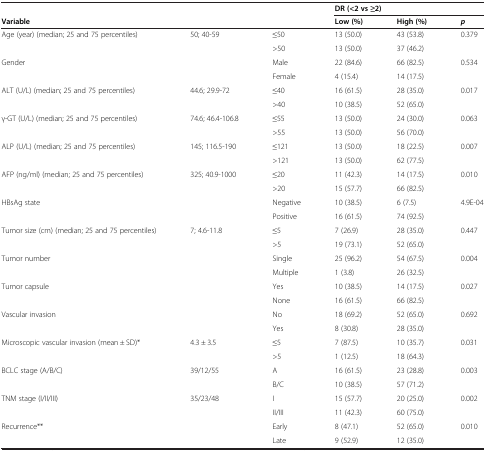
<table><thead><tr><td colspan="3"><b> </b></td><td colspan="3"><b>DR (&lt;2 vs ≥2)</b></td></tr><tr><td><b>Variable</b></td><td colspan="2"><b> </b></td><td><b>Low (%)</b></td><td><b>High (%)</b></td><td><b><i>p</i></b></td></tr></thead><tbody><tr><td rowspan="2">Age (year) (median; 25 and 75 percentiles)</td><td rowspan="2">50; 40-59</td><td>≤50</td><td>13 (50.0)</td><td>43 (53.8)</td><td rowspan="2">0.379</td></tr><tr><td>&gt;50</td><td>13 (50.0)</td><td>37 (46.2)</td></tr><tr><td rowspan="2">Gender</td><td rowspan="2"> </td><td>Male</td><td>22 (84.6)</td><td>66 (82.5)</td><td rowspan="2">0.534</td></tr><tr><td>Female</td><td>4 (15.4)</td><td>14 (17.5)</td></tr><tr><td rowspan="2">ALT (U/L) (median; 25 and 75 percentiles)</td><td rowspan="2">44.6; 29.9-72</td><td>≤40</td><td>16 (61.5)</td><td>28 (35.0)</td><td rowspan="2">0.017</td></tr><tr><td>&gt;40</td><td>10 (38.5)</td><td>52 (65.0)</td></tr><tr><td rowspan="2">γ-GT (U/L) (median; 25 and 75 percentiles)</td><td rowspan="2">74.6; 46.4-106.8</td><td>≤55</td><td>13 (50.0)</td><td>24 (30.0)</td><td rowspan="2">0.063</td></tr><tr><td>&gt;55</td><td>13 (50.0)</td><td>56 (70.0)</td></tr><tr><td rowspan="2">ALP (U/L) (median; 25 and 75 percentiles)</td><td rowspan="2">145; 116.5-190</td><td>≤121</td><td>13 (50.0)</td><td>18 (22.5)</td><td rowspan="2">0.007</td></tr><tr><td>&gt;121</td><td>13 (50.0)</td><td>62 (77.5)</td></tr><tr><td rowspan="2">AFP (ng/ml) (median; 25 and 75 percentiles)</td><td rowspan="2">325; 40.9-1000</td><td>≤20</td><td>11 (42.3)</td><td>14 (17.5)</td><td rowspan="2">0.010</td></tr><tr><td>&gt;20</td><td>15 (57.7)</td><td>66 (82.5)</td></tr><tr><td rowspan="2">HBsAg state</td><td rowspan="2"> </td><td>Negative</td><td>10 (38.5)</td><td>6 (7.5)</td><td rowspan="2">4.9E-04</td></tr><tr><td>Positive</td><td>16 (61.5)</td><td>74 (92.5)</td></tr><tr><td rowspan="2">Tumor size (cm) (median; 25 and 75 percentiles)</td><td rowspan="2">7; 4.6-11.8</td><td>≤5</td><td>7 (26.9)</td><td>28 (35.0)</td><td rowspan="2">0.447</td></tr><tr><td>&gt;5</td><td>19 (73.1)</td><td>52 (65.0)</td></tr><tr><td rowspan="2">Tumor number</td><td rowspan="2"> </td><td>Single</td><td>25 (96.2)</td><td>54 (67.5)</td><td rowspan="2">0.004</td></tr><tr><td>Multiple</td><td>1 (3.8)</td><td>26 (32.5)</td></tr><tr><td rowspan="2">Tumor capsule</td><td rowspan="2"> </td><td>Yes</td><td>10 (38.5)</td><td>14 (17.5)</td><td rowspan="2">0.027</td></tr><tr><td>None</td><td>16 (61.5)</td><td>66 (82.5)</td></tr><tr><td rowspan="2">Vascular invasion</td><td rowspan="2"> </td><td>No</td><td>18 (69.2)</td><td>52 (65.0)</td><td rowspan="2">0.692</td></tr><tr><td>Yes</td><td>8 (30.8)</td><td>28 (35.0)</td></tr><tr><td rowspan="2">Microscopic vascular invasion (mean ± SD)*</td><td rowspan="2">4.3 ± 3.5</td><td>≤5</td><td>7 (87.5)</td><td>10 (35.7)</td><td rowspan="2">0.031</td></tr><tr><td>&gt;5</td><td>1 (12.5)</td><td>18 (64.3)</td></tr><tr><td rowspan="2">BCLC stage (A/B/C)</td><td rowspan="2">39/12/55</td><td>A</td><td>16 (61.5)</td><td>23 (28.8)</td><td rowspan="2">0.003</td></tr><tr><td>B/C</td><td>10 (38.5)</td><td>57 (71.2)</td></tr><tr><td rowspan="2">TNM stage (I/II/III)</td><td rowspan="2">35/23/48</td><td>I</td><td>15 (57.7)</td><td>20 (25.0)</td><td rowspan="2">0.002</td></tr><tr><td>II/III</td><td>11 (42.3)</td><td>60 (75.0)</td></tr><tr><td>Recurrence**</td><td> </td><td>Early</td><td>8 (47.1)</td><td>52 (65.0)</td><td>0.010</td></tr><tr><td> </td><td> </td><td>Late</td><td>9 (52.9)</td><td>12 (35.0)</td><td> </td></tr></tbody></table>